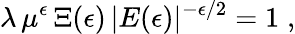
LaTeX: \lambda\, \mu^{\epsilon}\, \Xi(\epsilon)\, |E(\epsilon)|^{-\epsilon/2}=1\; ,